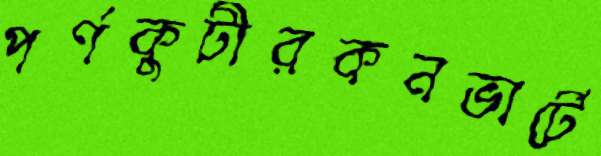
পর্ণকুটীরকনভার্টে